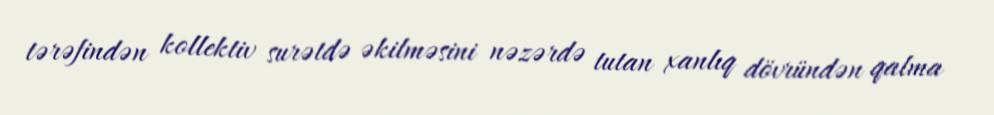
tərəfindən kollektiv surətdə əkilməsini nəzərdə tutan xanlıq dövründən qalma